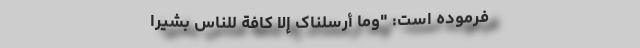
فرموده است: "وَمَا أَرْسَلْنَاکَ إِلَّا کَافَّةً لِلنَّاسِ بَشِیرًا